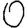
Digit: 0